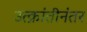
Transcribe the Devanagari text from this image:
उत्क्रांतीनंतर